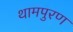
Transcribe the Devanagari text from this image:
थामपुरण